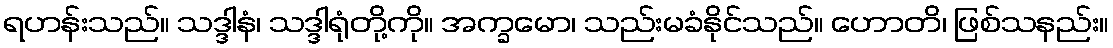
ရဟန်းသည်။ သဒ္ဒါနံ၊ သဒ္ဒါရုံတို့ကို။ အက္ခမော၊ သည်းမခံနိုင်သည်။ ဟောတိ၊ ဖြစ်သနည်း။